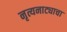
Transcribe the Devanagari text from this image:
नृत्यनाट्याचा